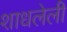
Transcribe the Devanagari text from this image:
शाधलेली